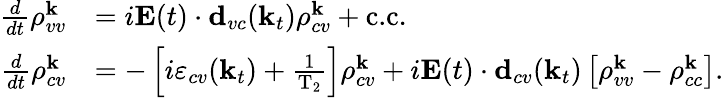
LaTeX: \begin{array}{rl}{\frac{d}{dt}\rho_{vv}^{\textbf{k}}}&{=i\textbf{E}(t)\cdot\textbf{d}_{vc}(\textbf{k}_{t})\rho_{cv}^{\textbf{k}}+\textrm{c.c.}}\\ {\frac{d}{dt}\rho_{cv}^{\textbf{k}}}&{=-\left[i\varepsilon_{cv}(\textbf{k}_{t})+\frac{1}{\textrm{T}_{2}}\right]\rho_{cv}^{\textbf{k}}+i\textbf{E}(t)\cdot\textbf{d}_{cv}(\textbf{k}_{t})\left[\rho_{vv}^{\textbf{k}}-\rho_{cc}^{\textbf{k}}\right].}\end{array}